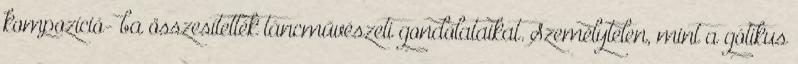
kompozíció- ba összesítették táncművészeti gondolataikat. Személytelen, mint a gótikus